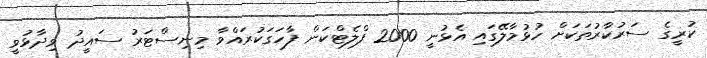
ކުރީގެ ސަރުކާރުތަކަށް ހުޅުމާލޭގައި އެޅުނީ 2000 ފްލެޓްކަން ފާހަގަކުރައްވާ މިނިސްޓަރު ސައީދު ވިދާޅުވީ